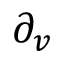
\partial _ { v } \,